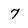
Character: 7